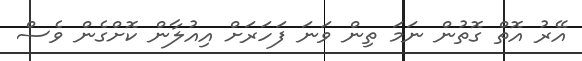
އޭރު އޮތް ގޮތުން ނަމަ ތިން ވަނަ ފަހަރަށް އިއުލާން ކޮށްގެން ވެސް